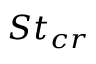
S t _ { c r }